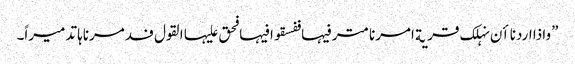
”واذا اردنا اٴن نہلک قریة امرنا مترفیہا ففسقوا فیہا فحق علیہا القول فدمرناہا تدمیراً۔